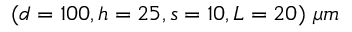
( d = 1 0 0 , h = 2 5 , s = 1 0 , L = 2 0 ) ~ \mu m